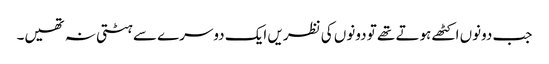
جب دونوں اکٹھے ہوتے تھے تو دونوں کی نظریں ایک دوسرے سے ہٹتی نہ تھیں۔